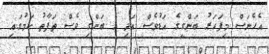
އެހެނަސް މިފަހަރު ބަންގީގެ އަޑުވެސް އަދި އެ ބަންގި ވެސް ތަފާތު ކަމުގައި